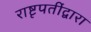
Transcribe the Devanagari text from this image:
राष्टृपतींद्वारा